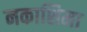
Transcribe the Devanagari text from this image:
नकाशिमा